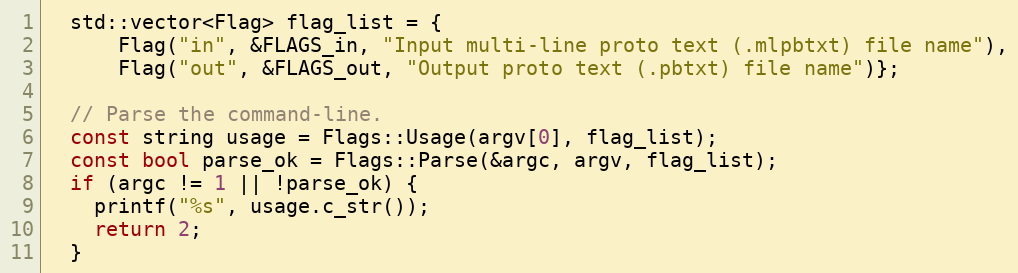
Language: C++
  std::vector<Flag> flag_list = {
      Flag("in", &FLAGS_in, "Input multi-line proto text (.mlpbtxt) file name"),
      Flag("out", &FLAGS_out, "Output proto text (.pbtxt) file name")};

  // Parse the command-line.
  const string usage = Flags::Usage(argv[0], flag_list);
  const bool parse_ok = Flags::Parse(&argc, argv, flag_list);
  if (argc != 1 || !parse_ok) {
    printf("%s", usage.c_str());
    return 2;
  }